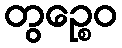
တွဉ္စေဝ